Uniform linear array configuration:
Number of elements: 32
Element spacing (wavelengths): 0.75
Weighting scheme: kaiser
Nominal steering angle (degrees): -15
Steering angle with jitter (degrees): -15.12
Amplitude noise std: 0.05
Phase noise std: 0.05

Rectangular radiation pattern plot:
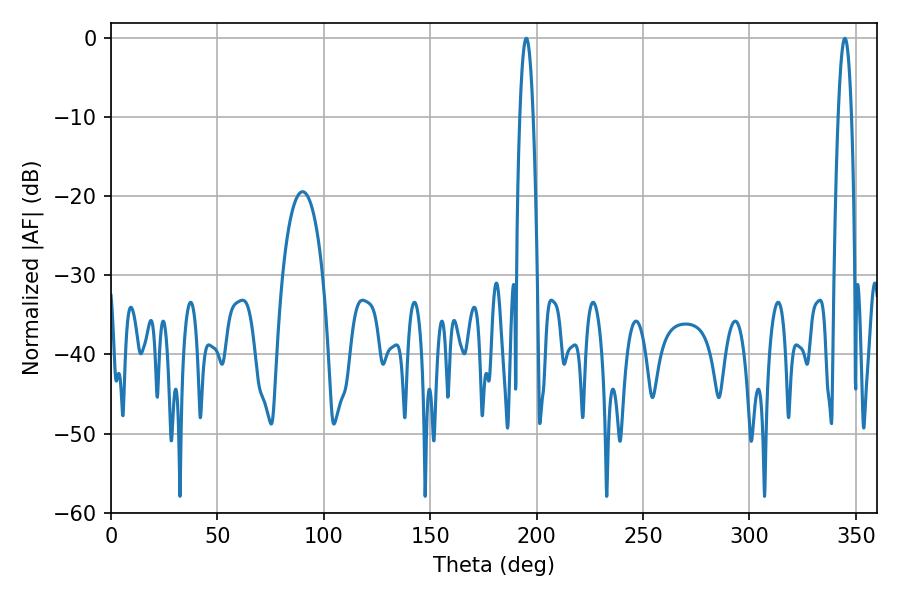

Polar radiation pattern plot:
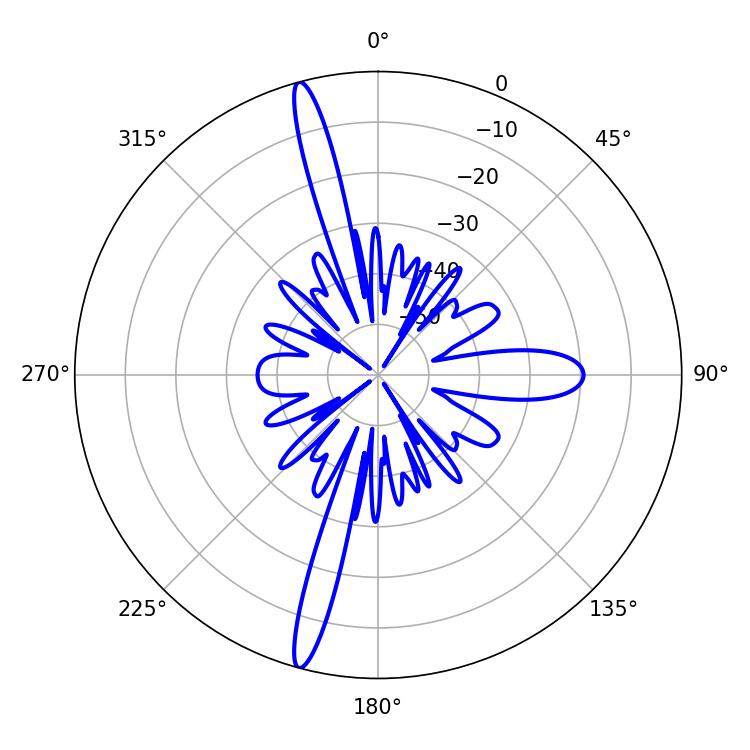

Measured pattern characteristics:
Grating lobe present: TRUE
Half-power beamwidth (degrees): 3.42
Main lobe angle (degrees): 195.12